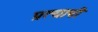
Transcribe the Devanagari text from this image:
प्रत्याषी